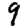
Digit: 9